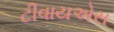
ટીવાયએસ